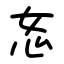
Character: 㣽